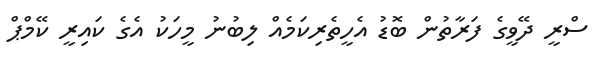
ސްރީ ދޭވީގެ ފަރާތުން ބޮޑު އެހީތެރިކަމެއް ލިބުނު މީހަކު އެގެ ކައިރީ ކޭމްޕް